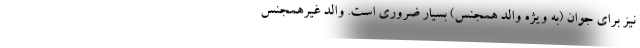
نیز برای جوان (به ویژه والد همجنس) بسیار ضروری است. والد غیرهمجنس